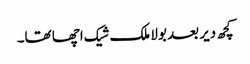
کچھ دیر بعد بولا ملک شیک اچھا تھا۔